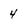
Character: 4